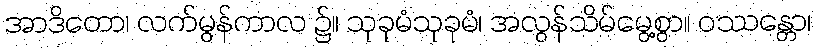
အာဒိတော၊ လက်မွန်ကာလ ၌။ သုခုမံသုခုမံ၊ အလွန်သိမ်မွေ့စွာ။ ဝဿန္တော၊